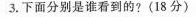
3.下面分别是谁看到的?(18分)